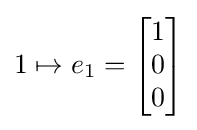
1\mapsto e_{1}={\begin{bmatrix}1\\0\\0\end{bmatrix}}